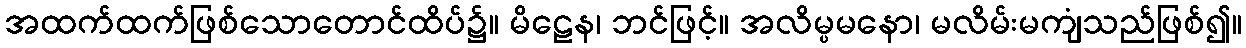
အထက်ထက်ဖြစ်သောတောင်ထိပ်၌။ မိဠေန၊ ဘင်ဖြင့်။ အလိမ္ပမနော၊ မလိမ်းမကျံသည်ဖြစ်၍။